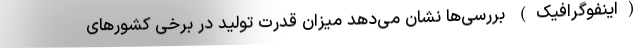
(اینفوگرافیک) بررسی‌ها نشان می‌دهد میزان قدرت تولید در برخی کشورهای